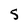
Character: 5